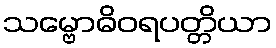
သမ္ဗောဓိဝရပတ္တိယာ